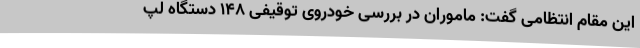
این مقام انتظامی گفت: ماموران در بررسی خودروی توقیفی 148 دستگاه لپ